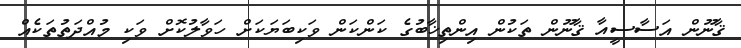
ޤާނޫން އަސާސީއާ ޤާނޫން ތަކުން އިންތިޚާބުގެ ކަންކަން ވަކިބަޔަކަށް ހަވާލުކޮށް ވަކި މުއްދަތުތަކެއް